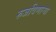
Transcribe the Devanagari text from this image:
रुजविणाऱ्या